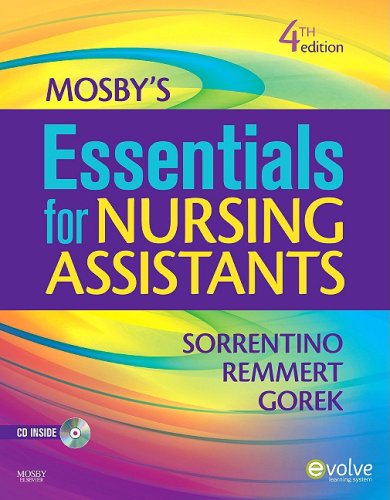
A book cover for Mosby's Essentials for Nursing Assistants, 4e; Sheila A. Sorrentino PhD  RN; Medical Books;